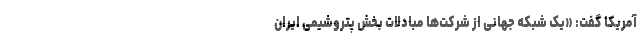
آمریکا گفت: «یک شبکه‌ جهانی از شرکت‌ها مبادلات بخش پتروشیمی ایران